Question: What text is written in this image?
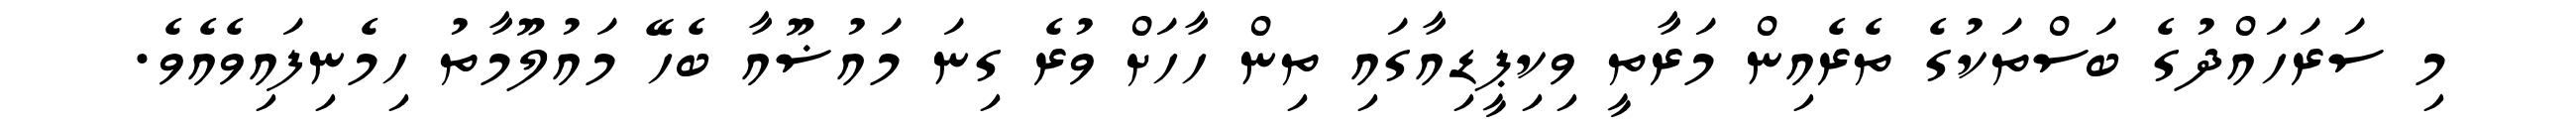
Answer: މި ސަރަހައްދުގެ ބަސްތަކުގެ ތެރެއިން މަރާތީ ވިކިޕީޑިއާގައި ތިން ހާހަށް ވުރެ ގިނަ މައުޟޫއާ ބެހޭ މައުލޫމާތު ހިމެނިފައިވެއެވެ.